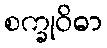
စက္ခုဝိဓာ